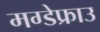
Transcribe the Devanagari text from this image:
मग्डेफ्राउ